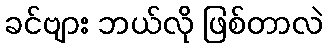
ခင်ဗျား ဘယ်လို ဖြစ်တာလဲ